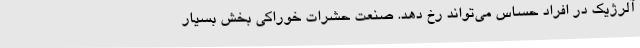
آلرژیک در افراد حساس می‌تواند رخ دهد. صنعت حشرات خوراکی بخش بسیار